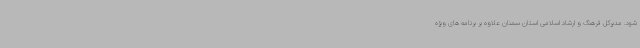
شود. مدیرکل فرهنگ و ارشاد اسلامی استان سمنان علاوه بر برنامه های ویژه